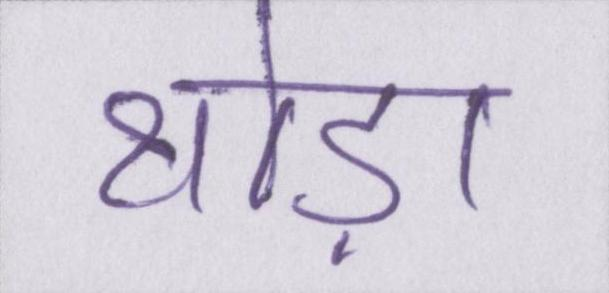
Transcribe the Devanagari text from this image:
थोड़ा